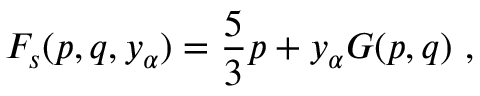
F _ { s } ( p , q , y _ { \alpha } ) = \frac { 5 } { 3 } p + y _ { \alpha } G ( p , q ) \ ,